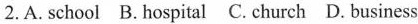
2. A. school B. hospital C. church D. business